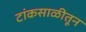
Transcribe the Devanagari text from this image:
टांकसाळीतून